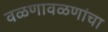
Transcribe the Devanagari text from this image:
वळणावळणांचा